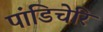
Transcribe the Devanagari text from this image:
पांडिचेरि